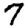
Digit: 7